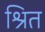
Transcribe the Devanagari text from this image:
श्रित